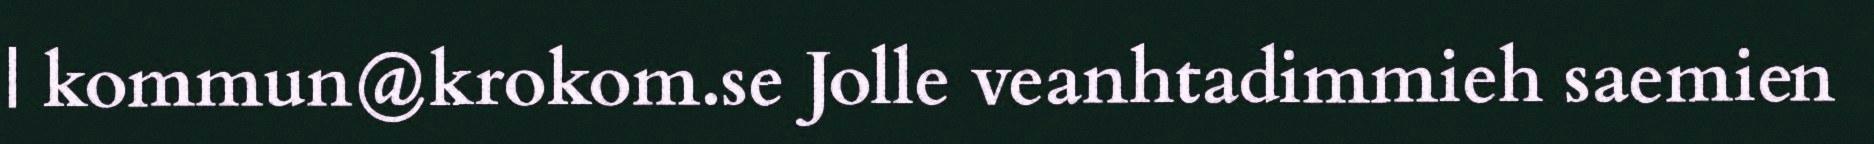
| kommun@krokom.se Jolle veanhtadimmieh saemien